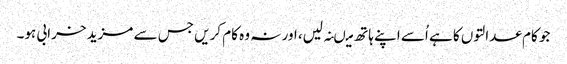
جو کام عدالتوں کا ہے اُسے اپنے ہاتھ میںنہ لیں، اور نہ وہ کام کریں جس سے مزید خرابی ہو۔